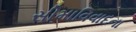
સીમાવિવાદના